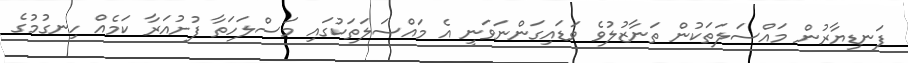
ފަނޑިޔާރުން މައްސަލަތަކުން ތަނާޒުލުވެ ވަޑައިގަންނަވަނީ އެ މައްސަލަތަކުގައި މަސްލަހަތާ ފުށުއަރާ ކަމެއް ހިނގުމުގެ